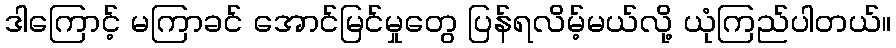
ဒါကြောင့် မကြာခင် အောင်မြင်မှုတွေ ပြန်ရလိမ့်မယ်လို့ ယုံကြည်ပါတယ်။